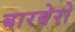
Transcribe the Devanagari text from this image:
बारबेरो